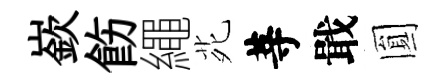
嶔飭繩𫟍䓁戢圎